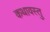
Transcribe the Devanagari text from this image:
कथावस्‍तु